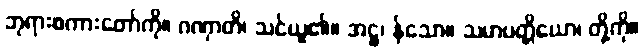
ဘုရားစကားတော်ကို။ ဂဏှာတိ၊ သင်ယူ၏။ အဋ္ဌ၊ န်သော။ သမာပတ္တိယော၊ တို့ကို။